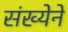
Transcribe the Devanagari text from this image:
संख्‍येने